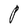
Character: P